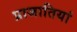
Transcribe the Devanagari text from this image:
प्राजातियां